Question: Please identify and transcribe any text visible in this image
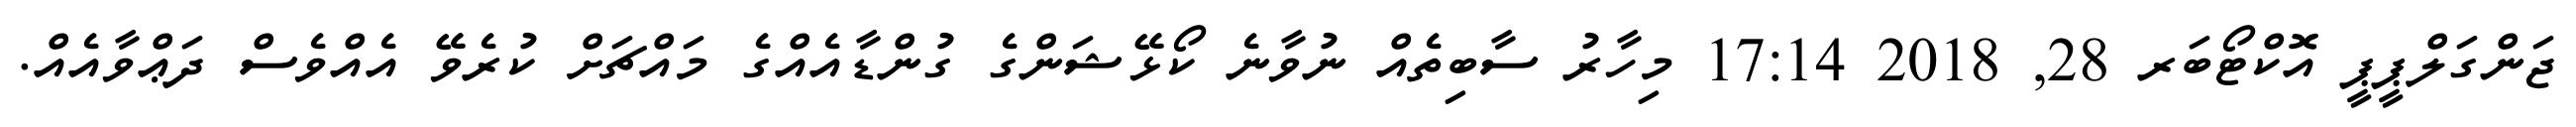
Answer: ޖަންގަލްޕީޕީ އޮކްޓޯބަރ 28, 2018 17:14 މިހާރު ސާބިތެއް ނުވާނެ ކޯޅޭޝަންގެ ގުންޑާއެއްގެ މައްޗަށް ކުރެވޭ އެއްވެސް ދަޢްވާއެއް.